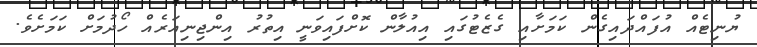
ޔުނިޓެއް އުފައްދައިގެން ކަމަށާއި ގެޒެޓުގައި އިއުލާން ކޮށްފައިވަނީ އިތުރު އިންޖިނިއަރެއް ހޯދުމަށް ކަމަށެވެ.